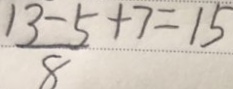
\frac { 1 3 - 5 } { 8 } + 7 = 1 5